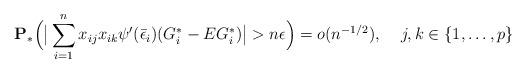
LaTeX: \begin{align*}\mathbf{P_*}\Big(\big{|}\sum_{i = 1}^{n}x_{ij}x_{ik}\psi'(\bar{\epsilon}_i)(G_i^* - EG_i^*)\big{|}>n{\epsilon}\Big)=o(n^{-1/2}),\;\;\;\; j,k\in\{1,\ldots,p\}\end{align*}